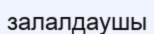
залалдаушы